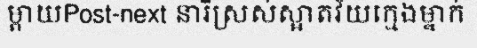
ម្តាយPost-next នារីស្រស់ស្អាតវ័យក្មេងម្នាក់